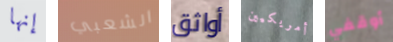
إنها الشعبي أواثق أمريكيين أوقفي